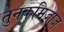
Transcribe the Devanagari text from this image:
तुनकमिजाज